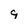
Character: 9